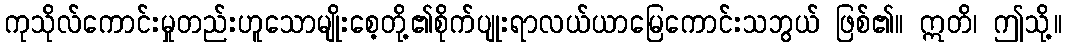
ကုသိုလ်ကောင်းမှုတည်းဟူသောမျိုးစေ့တို့၏စိုက်ပျုးရာလယ်ယာမြေကောင်းသဘွယ် ဖြစ်၏။ ဣတိ၊ ဤသို့။